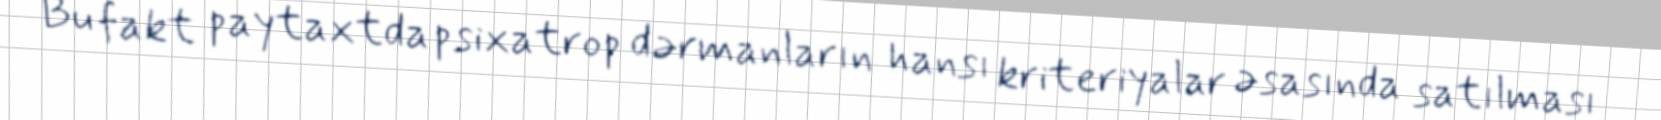
Bu fakt paytaxtda psixatrop dərmanların hansı kriteriyalar əsasında satılması